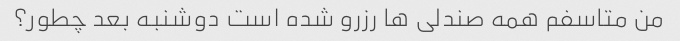
من متاسفم همه صندلی ها رزرو شده است دوشنبه بعد چطور؟